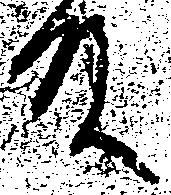
殿